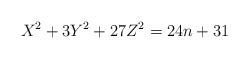
LaTeX: \begin{align*}X^2+3Y^2+27Z^2=24n+31\end{align*}